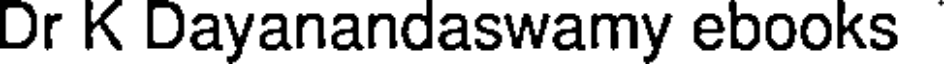
Dr K Dayanandaswamy ebooks